Lunatic asylums Burma 1922-24 - 1922-1924
Year: 1922
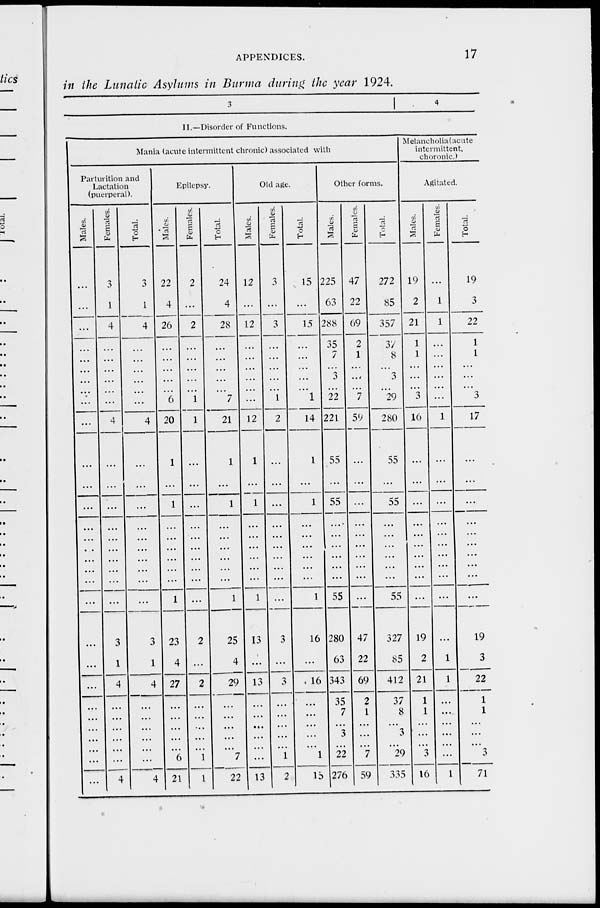
APPENDICES.
17
in the Lunatic Asylums in Burma during the year 1924.
3
4
II.—Disorder of Functions.
Mania (acute intermittent chronic) associated with
Parturition and
Lactation
(puerperal).
Males.
...
...
...
...
...
...
...
...
...
...
...
...
...
...
...
...
...
...
...
...
...
...
...
...
...
...
...
...
...
...
Females.
3
1
4
...
...
...
...
...
...
4
...
...
...
...
...
...
...
...
...
...
3
1
4
...
...
...
...
...
...
4
Total.
3
1
4
...
...
...
...
...
...
4
...
...
...
...
...
...
...
...
...
...
3
1
4
...
...
...
...
...
...
4
Epilepsy.
Males.
22
4
26
...
...
...
...
...
6
20
1
...
1
...
...
...
...
...
...
1
23
4
27
...
...
...
...
...
6
21
Females.
2
...
2
...
...
...
...
...
1
1
...
...
...
...
...
...
...
...
...
...
2
...
2
...
...
...
...
...
1
1
Total.
24
4
28
...
...
...
...
... 7
21
1
...
1
...
...
...
...
...
...
1
25
4
29
...
...
...
...
...
7
22
Old age.
Males.
12
...
12
...
...
...
...
...
...
12
1
...
1
...
...
...
...
...
...
1
13
...
13
...
...
...
...
...
...
13
Females.
3
...
3
...
...
...
...
...
1
2
...
...
...
...
...
...
...
...
...
...
3
...
3
...
...
...
...
...
1
2
Total.
15
...
15
...
...
...
...
... 1
14
1
...
1
...
...
...
...
...
...
1
16
...
16
...
...
...
...
...
1
13
Other forms.
Males.
225
63
288
35
7
...
...
...
22
221
55
...
55
...
...
...
...
...
...
55
280
63
343
35
7
...
3
...
22
276
Females.
47
22
69
2
1
...
...
...
7
59
...
...
...
...
...
...
...
...
...
...
47
22
69
2
1
...
...
...
7
59
Total.
272
85
357
37
8
...
3
...
29
280
55
...
55
...
...
...
...
...
...
55
327
85
412
37
8
...
3
...
29
335
Melancholia(acute
intermittent,
choronic.)
Agitated.
Males.
19
2
21
1
1
...
...
...
3
16
...
...
...
...
...
...
...
...
...
...
19
2
21
1
1
...
...
...
3
16
Females.
...
1
1
...
...
...
...
...
...
1
...
...
...
...
...
...
...
...
...
...
...
1
1
...
...
...
...
...
...
1
Total.
19
3
22
1
1
...
...
... 3
17
...
...
...
...
...
...
...
...
...
...
19
3
22
1
1
...
...
... 3
71